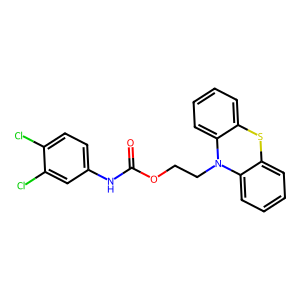
SMILES: O=C(Nc1ccc(Cl)c(Cl)c1)OCCN1c2ccccc2Sc2ccccc21
Inhibits HIV replication: No